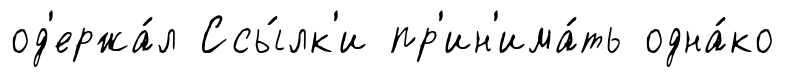
од'ержа́л Ссы́лк'и пр'ин'има́ть одна́ко